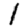
Digit: 1